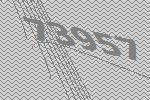
73957